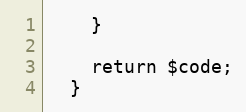
Language: PHP
    }

    return $code;
  }